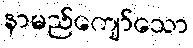
နာမည်ကျော်သော